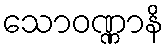
သောဝဏ္ဏာနိ